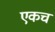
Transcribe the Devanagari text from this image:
एकचं